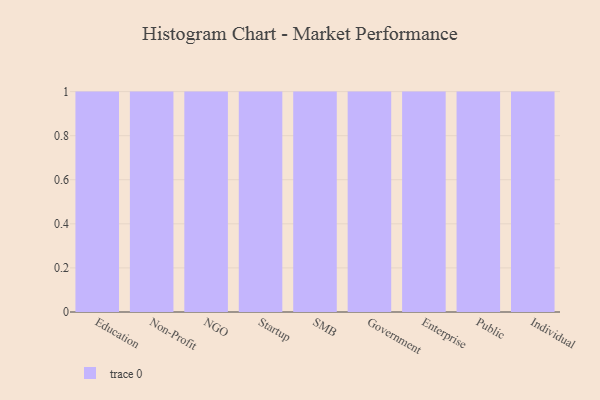
{"axis": {"x": "Segment", "y": "Inventory Turnover"}, "legend": [""], "data": [{"x": "Education", "y": 6, "type": ""}, {"x": "Non-Profit", "y": 60, "type": ""}, {"x": "NGO", "y": 93, "type": ""}, {"x": "Startup", "y": 64, "type": ""}, {"x": "SMB", "y": 7, "type": ""}, {"x": "Government", "y": 44, "type": ""}, {"x": "Enterprise", "y": 10, "type": ""}, {"x": "Public", "y": 82, "type": ""}, {"x": "Individual", "y": 17, "type": ""}]}